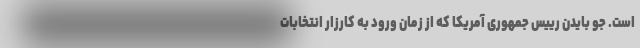
است. جو بایدن رییس جمهوری آمریکا که از زمان ورود به کارزار انتخابات